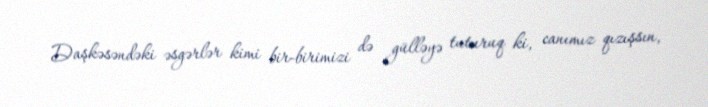
Daşkəsəndəki əsgərlər kimi bir-birimizi də gülləyə tuturuq ki, canımız qızışsın,